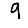
Digit: 9